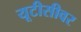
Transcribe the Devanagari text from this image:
यूटीसीवर